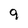
Character: 9